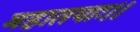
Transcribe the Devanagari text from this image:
महातपाः।।